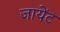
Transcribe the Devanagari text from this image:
जायेंट